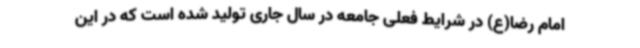
امام رضا(ع) در شرایط فعلی جامعه در سال جاری تولید شده است که در این